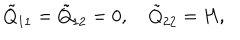
\tilde { Q } _ { 1 1 } = \tilde { Q } _ { 1 2 } = 0 , \quad \tilde { Q } _ { 2 2 } = H ,